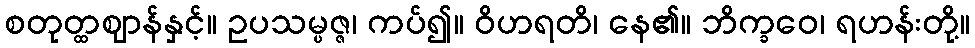
စတုတ္ထဈာန်နှင့်။ ဥပသမ္ပဇ္ဇ၊ ကပ်၍။ ဝိဟရတိ၊ နေ၏။ ဘိက္ခဝေ၊ ရဟန်းတို့။